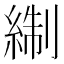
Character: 𰫬